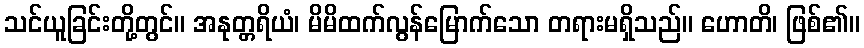
သင်ယူခြင်းတို့တွင်။ အနုတ္တရိယံ၊ မိမိထက်လွန်မြောက်သော တရားမရှိသည်။ ဟောတိ၊ ဖြစ်၏။